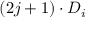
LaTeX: ( 2 j + 1 ) \cdot D _ { i }